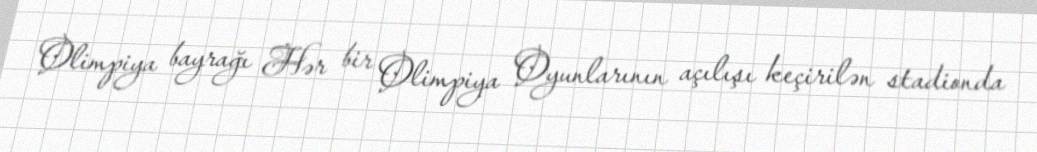
Olimpiya bayrağı Hər bir Olimpiya Oyunlarının açılışı keçirilən stadionda